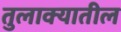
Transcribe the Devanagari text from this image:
तुलाक्यातील